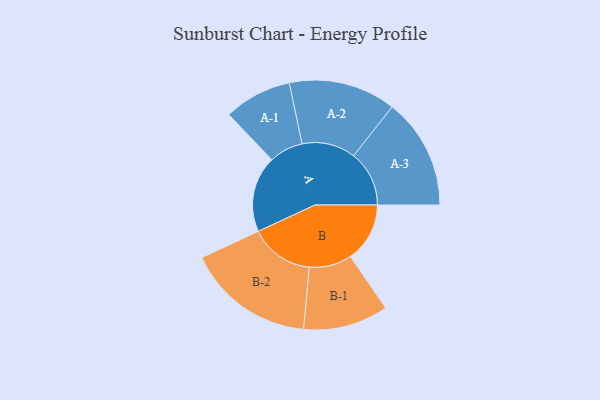
{"axis": {"x": "Segment", "y": "Value"}, "legend": ["", "A", "B"], "data": [{"x": "A", "y": 276, "type": ""}, {"x": "B", "y": 215, "type": ""}, {"x": "A-1", "y": 123, "type": "A"}, {"x": "A-2", "y": 194, "type": "A"}, {"x": "A-3", "y": 201, "type": "A"}, {"x": "B-1", "y": 154, "type": "B"}, {"x": "B-2", "y": 232, "type": "B"}]}